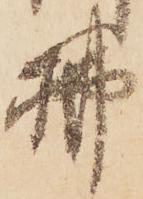
拂